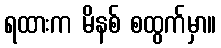
ရထားက မိနစ် စထွက်မှာ။